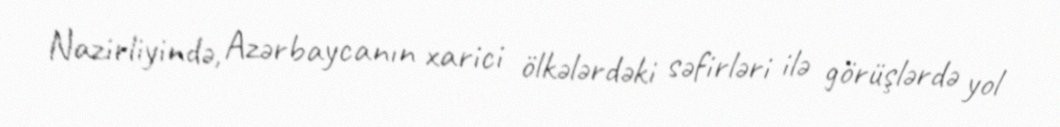
Nazirliyində, Azərbaycanın xarici ölkələrdəki səfirləri ilə görüşlərdə yol